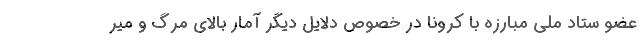
عضو ستاد ملی مبارزه با کرونا در خصوص دلایل دیگر آمار بالای مرگ و میر